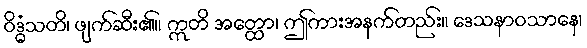
ဝိဒ္ဓံသတိ၊ ဖျက်ဆီး၏။ ဣတိ အတ္ထော၊ ဤကားအနက်တည်း။ ဒေသနာဝသာနေ၊